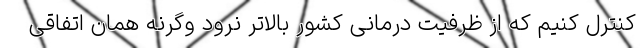
کنترل کنیم که از ظرفیت درمانی کشور بالاتر نرود وگرنه همان اتفاقی